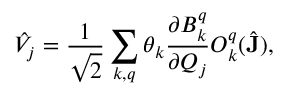
\hat { V } _ { j } = \frac { 1 } { \sqrt { 2 } } \sum _ { k , q } \theta _ { k } \frac { \partial B _ { k } ^ { q } } { \partial Q _ { j } } O _ { k } ^ { q } ( \hat { \mathbf { J } } ) ,